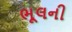
ભૂલની